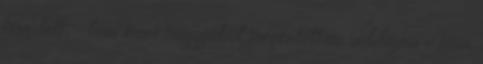
tévedett; - bár mire nagyjából megértettem, addigra ő már